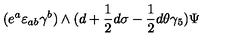
( e ^ { a } \varepsilon _ { a b } \gamma ^ { b } ) \wedge ( d + { \frac { 1 } { 2 } } d \sigma - { \frac { 1 } { 2 } } d \theta \gamma _ { 5 } ) \Psi